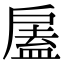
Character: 𢩘